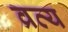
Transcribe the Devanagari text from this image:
व्रत्य